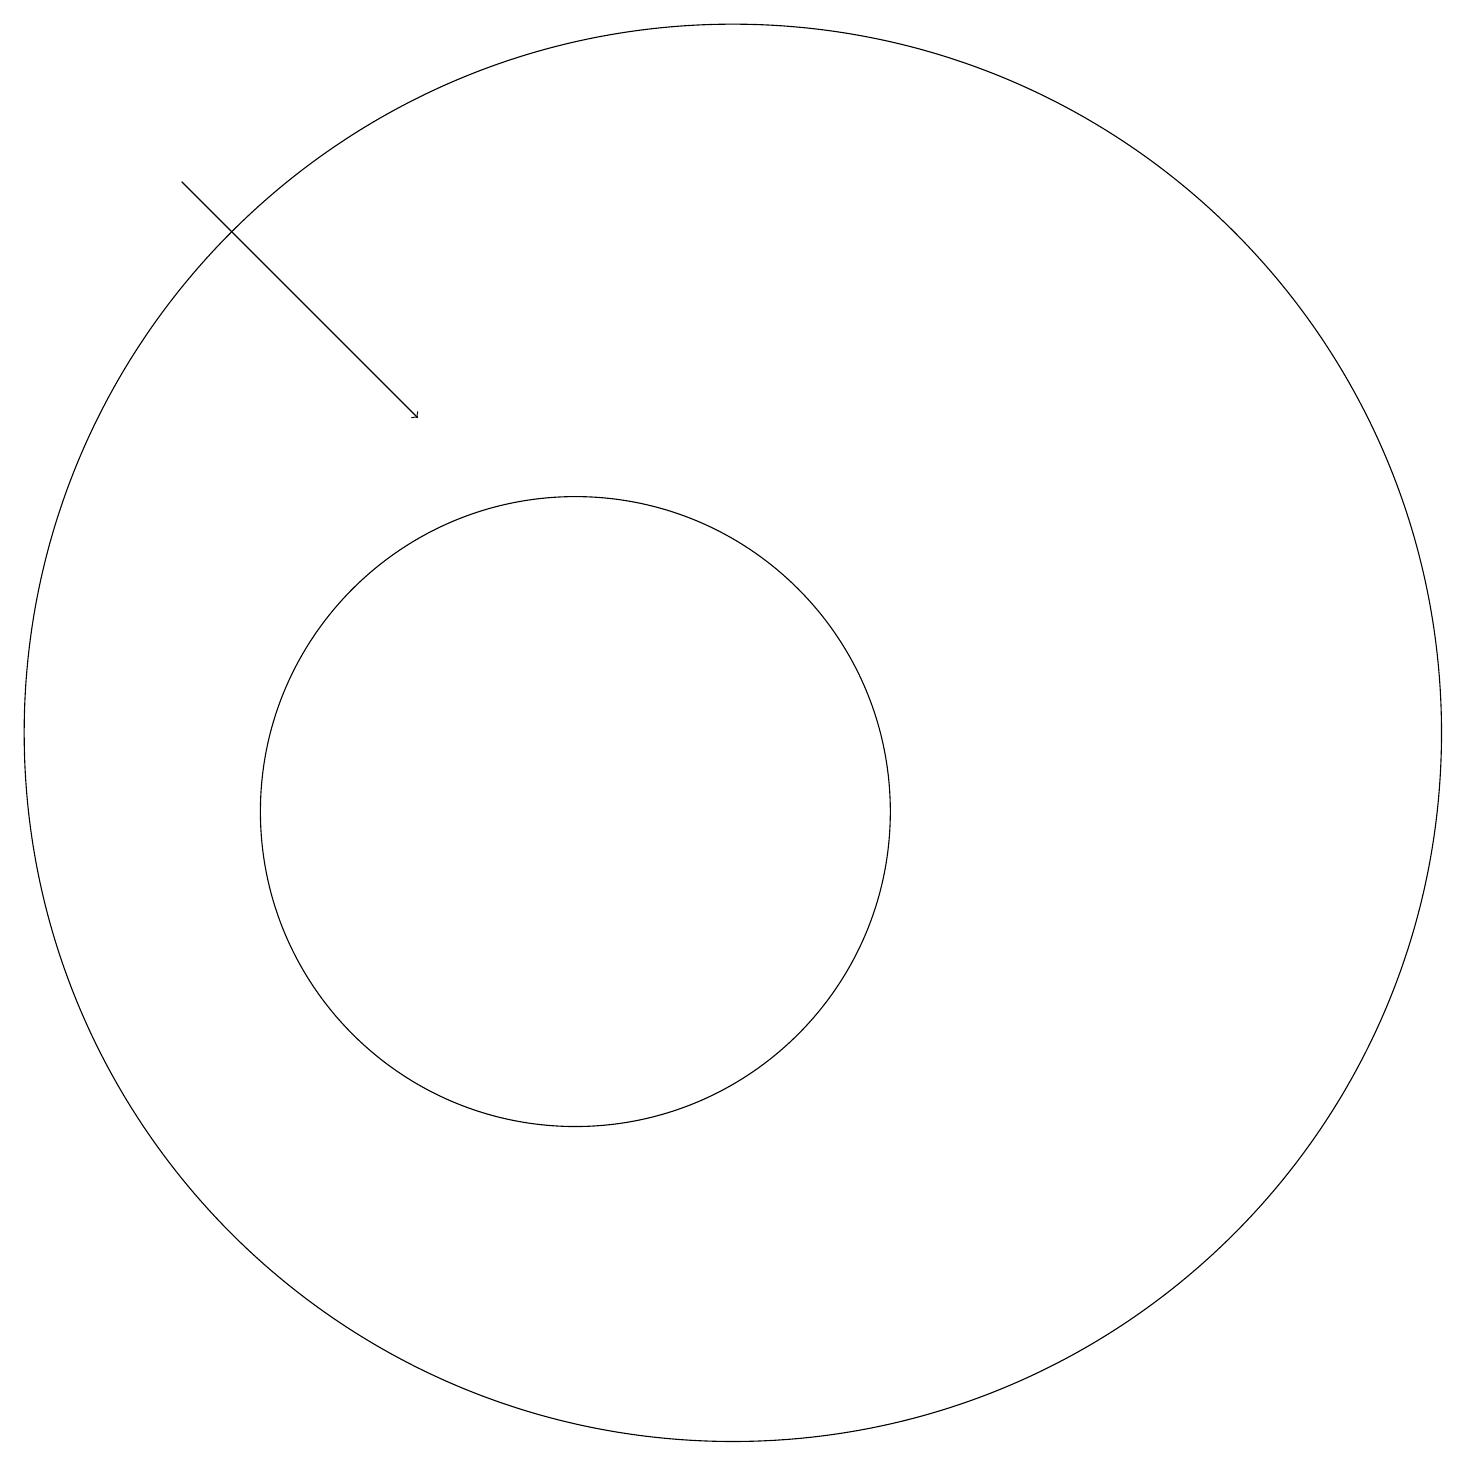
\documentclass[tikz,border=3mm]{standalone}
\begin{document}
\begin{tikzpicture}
\draw (10,10) circle (4);
\draw (12,11) circle (9);
\draw[->] (5,18) -- (8,15);
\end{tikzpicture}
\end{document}